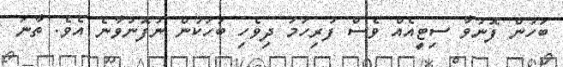
ބަހުން ފޮނުވާ ސިޓީއެއް ވެސް ފުރިހަމަ ދިވެހި ބަހަކުން ނުފޮނުވާނެ އެވެ. ތާނަ